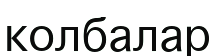
колбалар